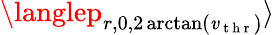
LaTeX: \langlep_{r,0,2\arctan(\mathit{v}_{\mathrm{{~t~h~r~}}})}\rangle